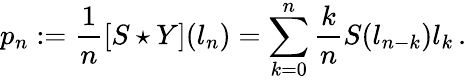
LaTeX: p_{n}:=\frac{1}{n}[S\star Y](l_{n})=\sum_{k=0}^{n}\frac{k}{n}S(l_{n-k})l_{k}\, .